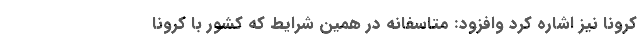
کرونا نیز اشاره کرد وافزود: متاسفانه در همین شرایط که کشور با کرونا